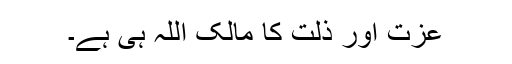
عزت اور ذلت کا مالک اللہ ہی ہے۔